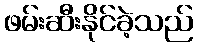
ဖမ်းဆီးနိုင်ခဲ့သည်